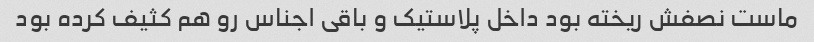
ماست نصفش ریخته بود داخل پلاستیک و باقی اجناس رو هم کثیف کرده بود